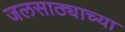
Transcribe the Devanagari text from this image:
जलसाठ्याच्या